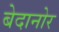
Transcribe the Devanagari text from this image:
बेदानोर